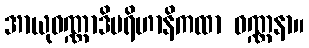
အာယုဝဏ္ဏာဒိပရိဟာနိကထာ ဝဏ္ဏနာ။